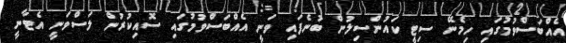
އެއްބަސްވުމުގައި ހިމެނޭ ސިޓީ ކައުންސިލުން ބުނެފައި ވަނީ އެއްބަސްވުމުގައި ސޮއިކުރުން ލަސްވަނީ އެޓާނީ